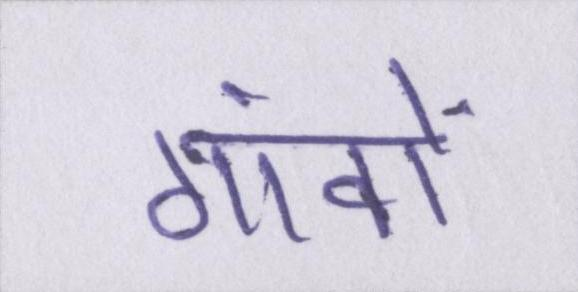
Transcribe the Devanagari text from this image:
गांवों